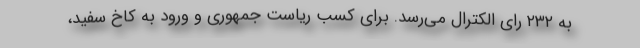
به ۲۳۲ رای الکترال می‌رسد. برای کسب ریاست جمهوری و ورود به کاخ سفید،